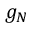
g _ { N }